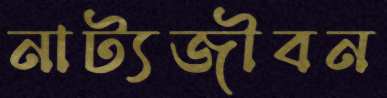
নাট্যজীবন